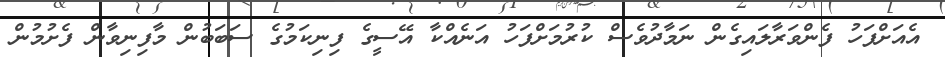
އެއަށްފަހު ފެންވަރާލައިގެން ނަމާދުވެސް ކުރުމަށްފަހު އަނެއްކާ އޭސީގެ ފިނިކަމުގެ ސަބަބުން މާފިނިވާން ފެށުމުން